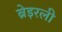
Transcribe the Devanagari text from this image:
ब्रेइरली